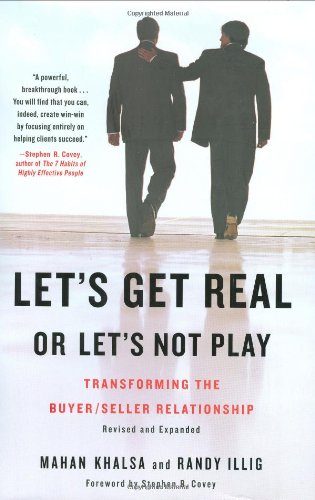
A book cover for Let's Get Real or Let's Not Play: Transforming the Buyer/Seller Relationship; Mahan Khalsa; Business & Money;